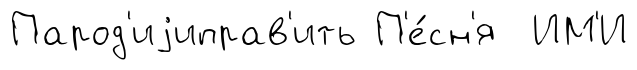
Парод'иjиправ'ить П'е́сн'я ИМ'И